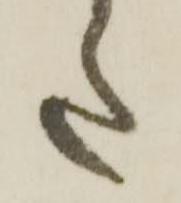
た